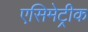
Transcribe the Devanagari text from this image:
एसिमेट्रीक